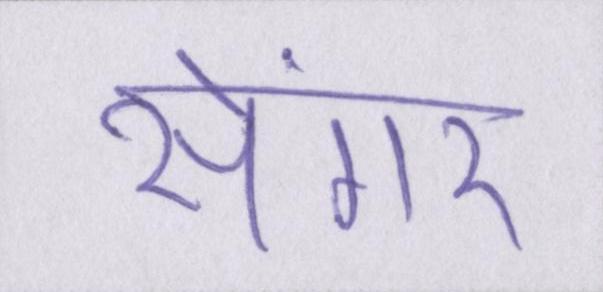
सेंगर